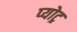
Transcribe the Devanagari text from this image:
प्योट्र